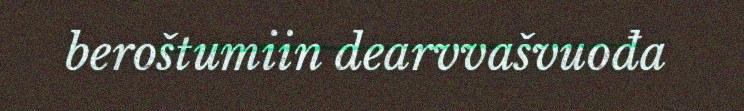
beroštumiin dearvvašvuođa